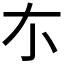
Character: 𠀊